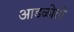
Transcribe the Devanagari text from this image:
आडळोतो